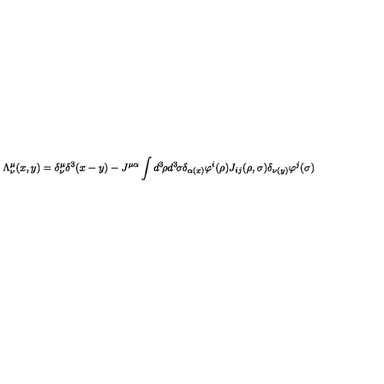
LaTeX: \Lambda _ { \nu } ^ { \mu } ( x , y ) = \delta _ { \nu } ^ { \mu } \delta ^ { 3 } ( x - y ) - J ^ { \mu \alpha } \int d ^ { 3 } \! \rho d ^ { 3 } \! \sigma \delta _ { \alpha ( x ) } \varphi ^ { i } ( \rho ) J _ { i j } ( \rho , \sigma ) \delta _ { \nu ( y ) } \varphi ^ { j } ( \sigma )